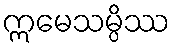
ဣမေသမ္ပိဿ